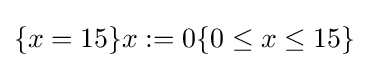
\{x=15\}x:=0\{0\leq x\leq 15\}